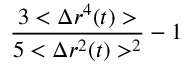
\frac { 3 < \Delta r ^ { 4 } ( t ) > } { 5 < \Delta r ^ { 2 } ( t ) > ^ { 2 } } - 1